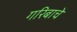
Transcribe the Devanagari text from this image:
गरिबाचे